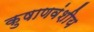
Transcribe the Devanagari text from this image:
कुषाणवंशीय